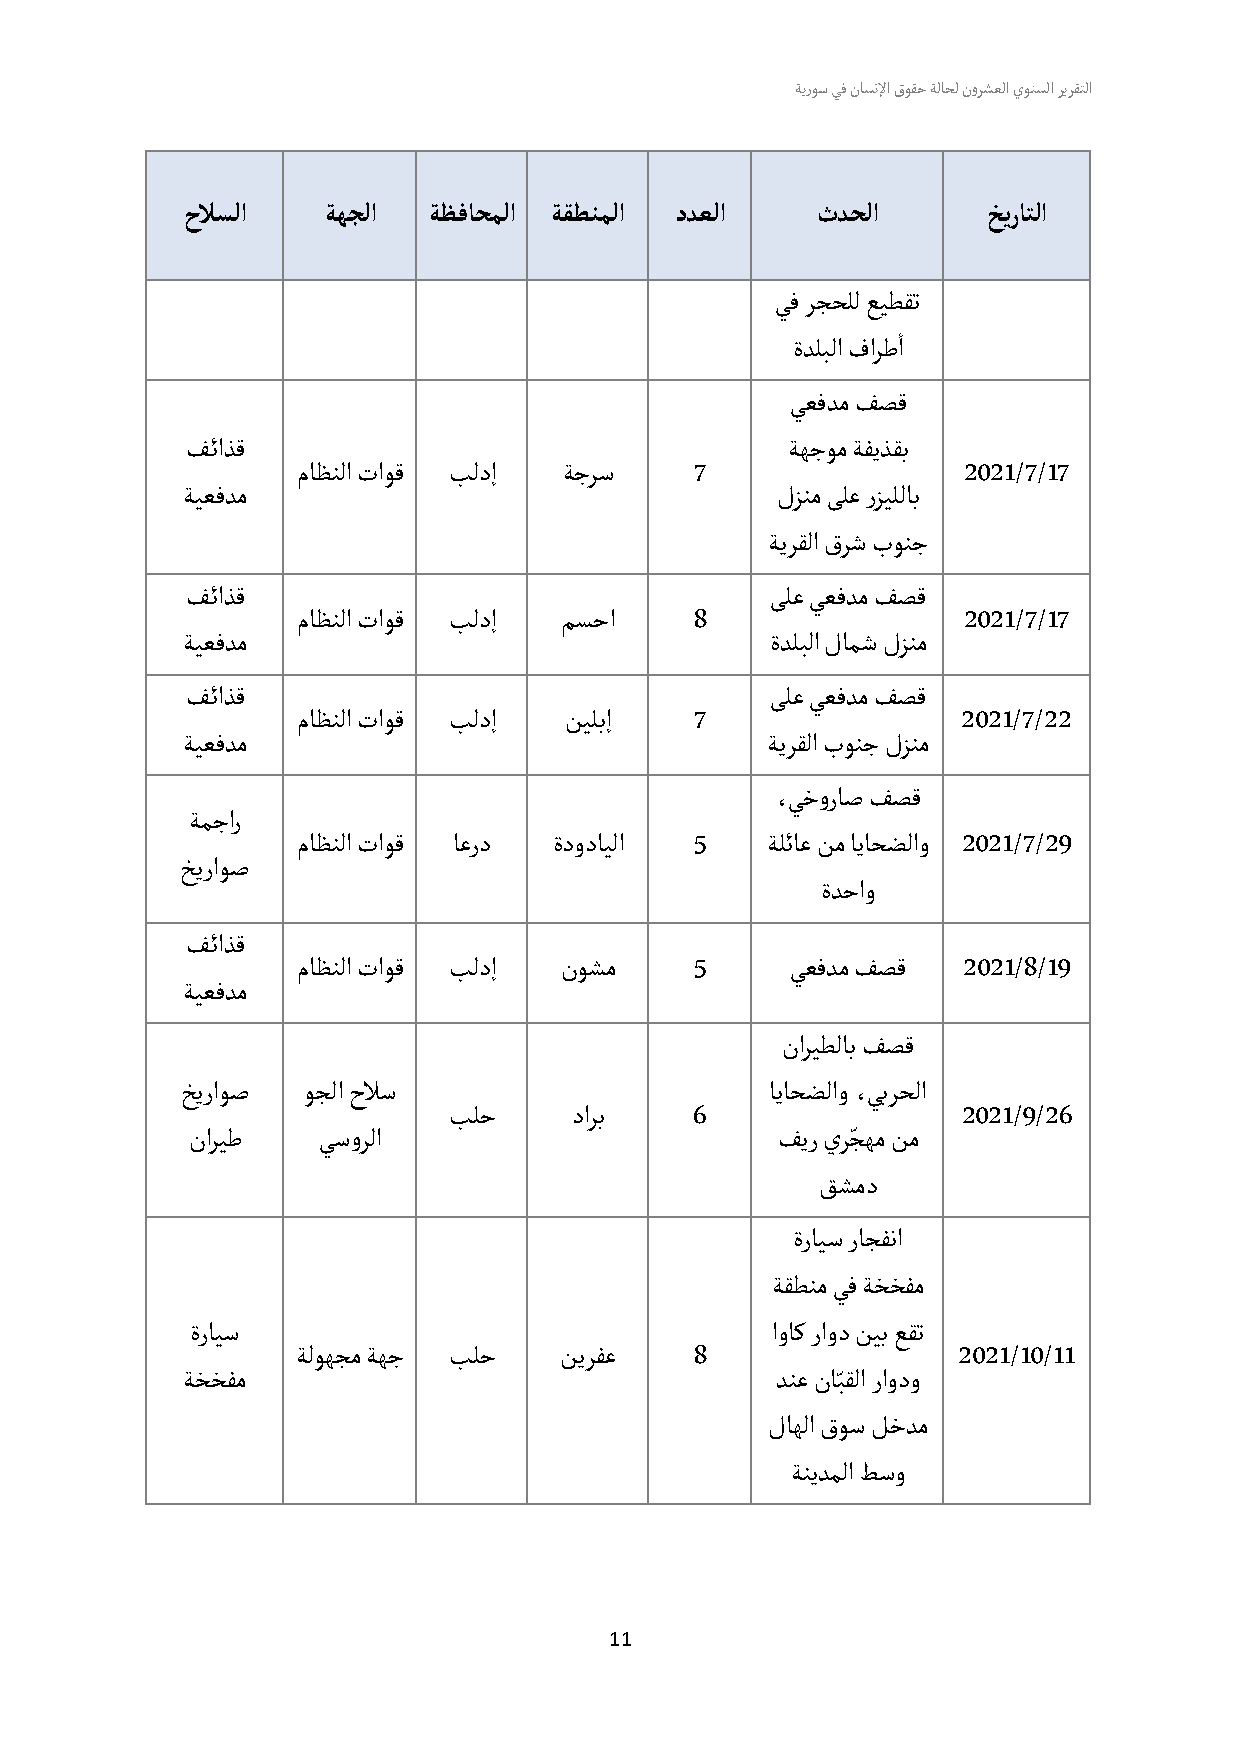
ةيروس يف ناسنلإا قوقح ةلاحل نورشعلا يونسلا ريرقتلا
 حلاسلا   ةهجلا  ةظفاحملا ةقطنملا ددعلا    ثدحلا      خيراتلا
 يف رجحلل عيطقت
 أ
 ةدلب لا فارطا
 يعفدم فصق
 ف ئاذق                                  ةهجوم ةفيذقب
 ماظنلا تاوق بلدإ ةجرس     7                 2021/7/17
 ة يعفدم                                لزنم ىلع رز يللاب
 ةيرقلا قرش بونج
 ف ئاذق                                 ىلع يعفدم فصق
 ماظنلا تاوق بلدإ مسحا     8                 2021/7/17
 ة يعفدم                                ةدلبلا لامش لزنم
 ف ئاذق                                 ىلع يعفدم فصق
 ماظنلا تاوق بلدإ نيلبإ    7                 2021/ 7/22
 ة يعفدم                                ةيرقلا بونج لزنم
 ،يخوراص فصق
 ةمجار
 ماظنلا تاوق ا عرد ةدودايلا 5   ةلئاع نم اياحضلاو 2021/7/29
 خ يراوص
 ةدحاو
 ف ئاذق
 ماظنلا تاوق بلدإ نوشم     5     ي عفدم فصق  2021/8/19
 ة يعفدم
 ناريطلاب فصق
 خيراوص  وجلا حلاس                      اياحضلاو ،يبرحلا
 بلح     دارب    6                 2021/9/26
 ّ
 ناريط    ي سورلا                       فير ير جهم نم
 قشمد
 ةرايس راجفنا
 ةقطنم يف ةخخفم
 ةرايس                                 اواك راود نيب عقت
 ة لوهجم ةهج بلح  نيرفع    8                2021/10/11
 ّ
 ة خخفم                                 دنع نابقلا راودو
 لاهلا قوس لخدم
 ةنيدملا طسو
 11